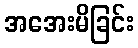
အအေးမိခြင်း